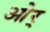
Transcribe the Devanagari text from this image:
ओर्‍